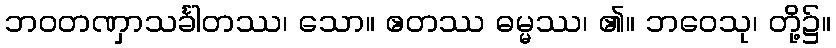
ဘဝတဏှာသင်္ခါတဿ၊ သော။ ဧတဿ ဓမ္မဿ၊ ၏။ ဘဝေသု၊ တို့၌။